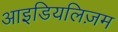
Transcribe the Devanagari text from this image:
आइडियलिज़म